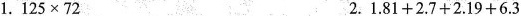
$$1.125\times72$$ $$2.1.81+2.7+2.19+6.3$$